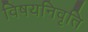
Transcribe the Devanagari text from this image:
विषयनिवृति